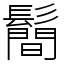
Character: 鬝